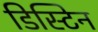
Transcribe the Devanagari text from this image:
डिस्टिन